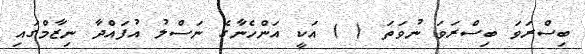
ބިސްރަވަ ބިސްރަވަ ނުވަތަ ( ) އަކީ އަންހެނާގެ ނަސްލު އުފައްދާ ނިޒާމްގައި